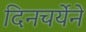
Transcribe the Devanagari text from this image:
दिनचर्येने